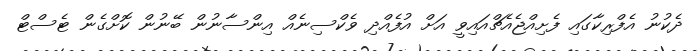
ދެކުނު އެފްރިކާގައި ފެށިއްޖެއެޗްއައިވީ އަށް އުފެއްދި ވެކްސިނެއް އިންސާނުން ބޭނުން ކޮށްގެން ޓެސްޓް